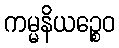
ကမ္မနိယဉ္စေဝ